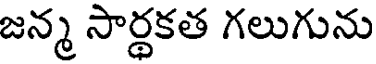
జన్మ సార్థకత గలుగును